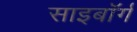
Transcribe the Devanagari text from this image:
साइबाॅर्ग